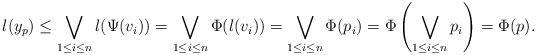
LaTeX: \begin{align*}l(y_p)\leq \bigvee_{1\leq i\leq n}l(\Psi(v_i))=\bigvee_{1\leq i\leq n}\Phi(l(v_i))= \bigvee_{1\leq i\leq n}\Phi(p_i) = \Phi\left(\bigvee_{1\leq i\leq n}p_i\right)=\Phi(p).\end{align*}